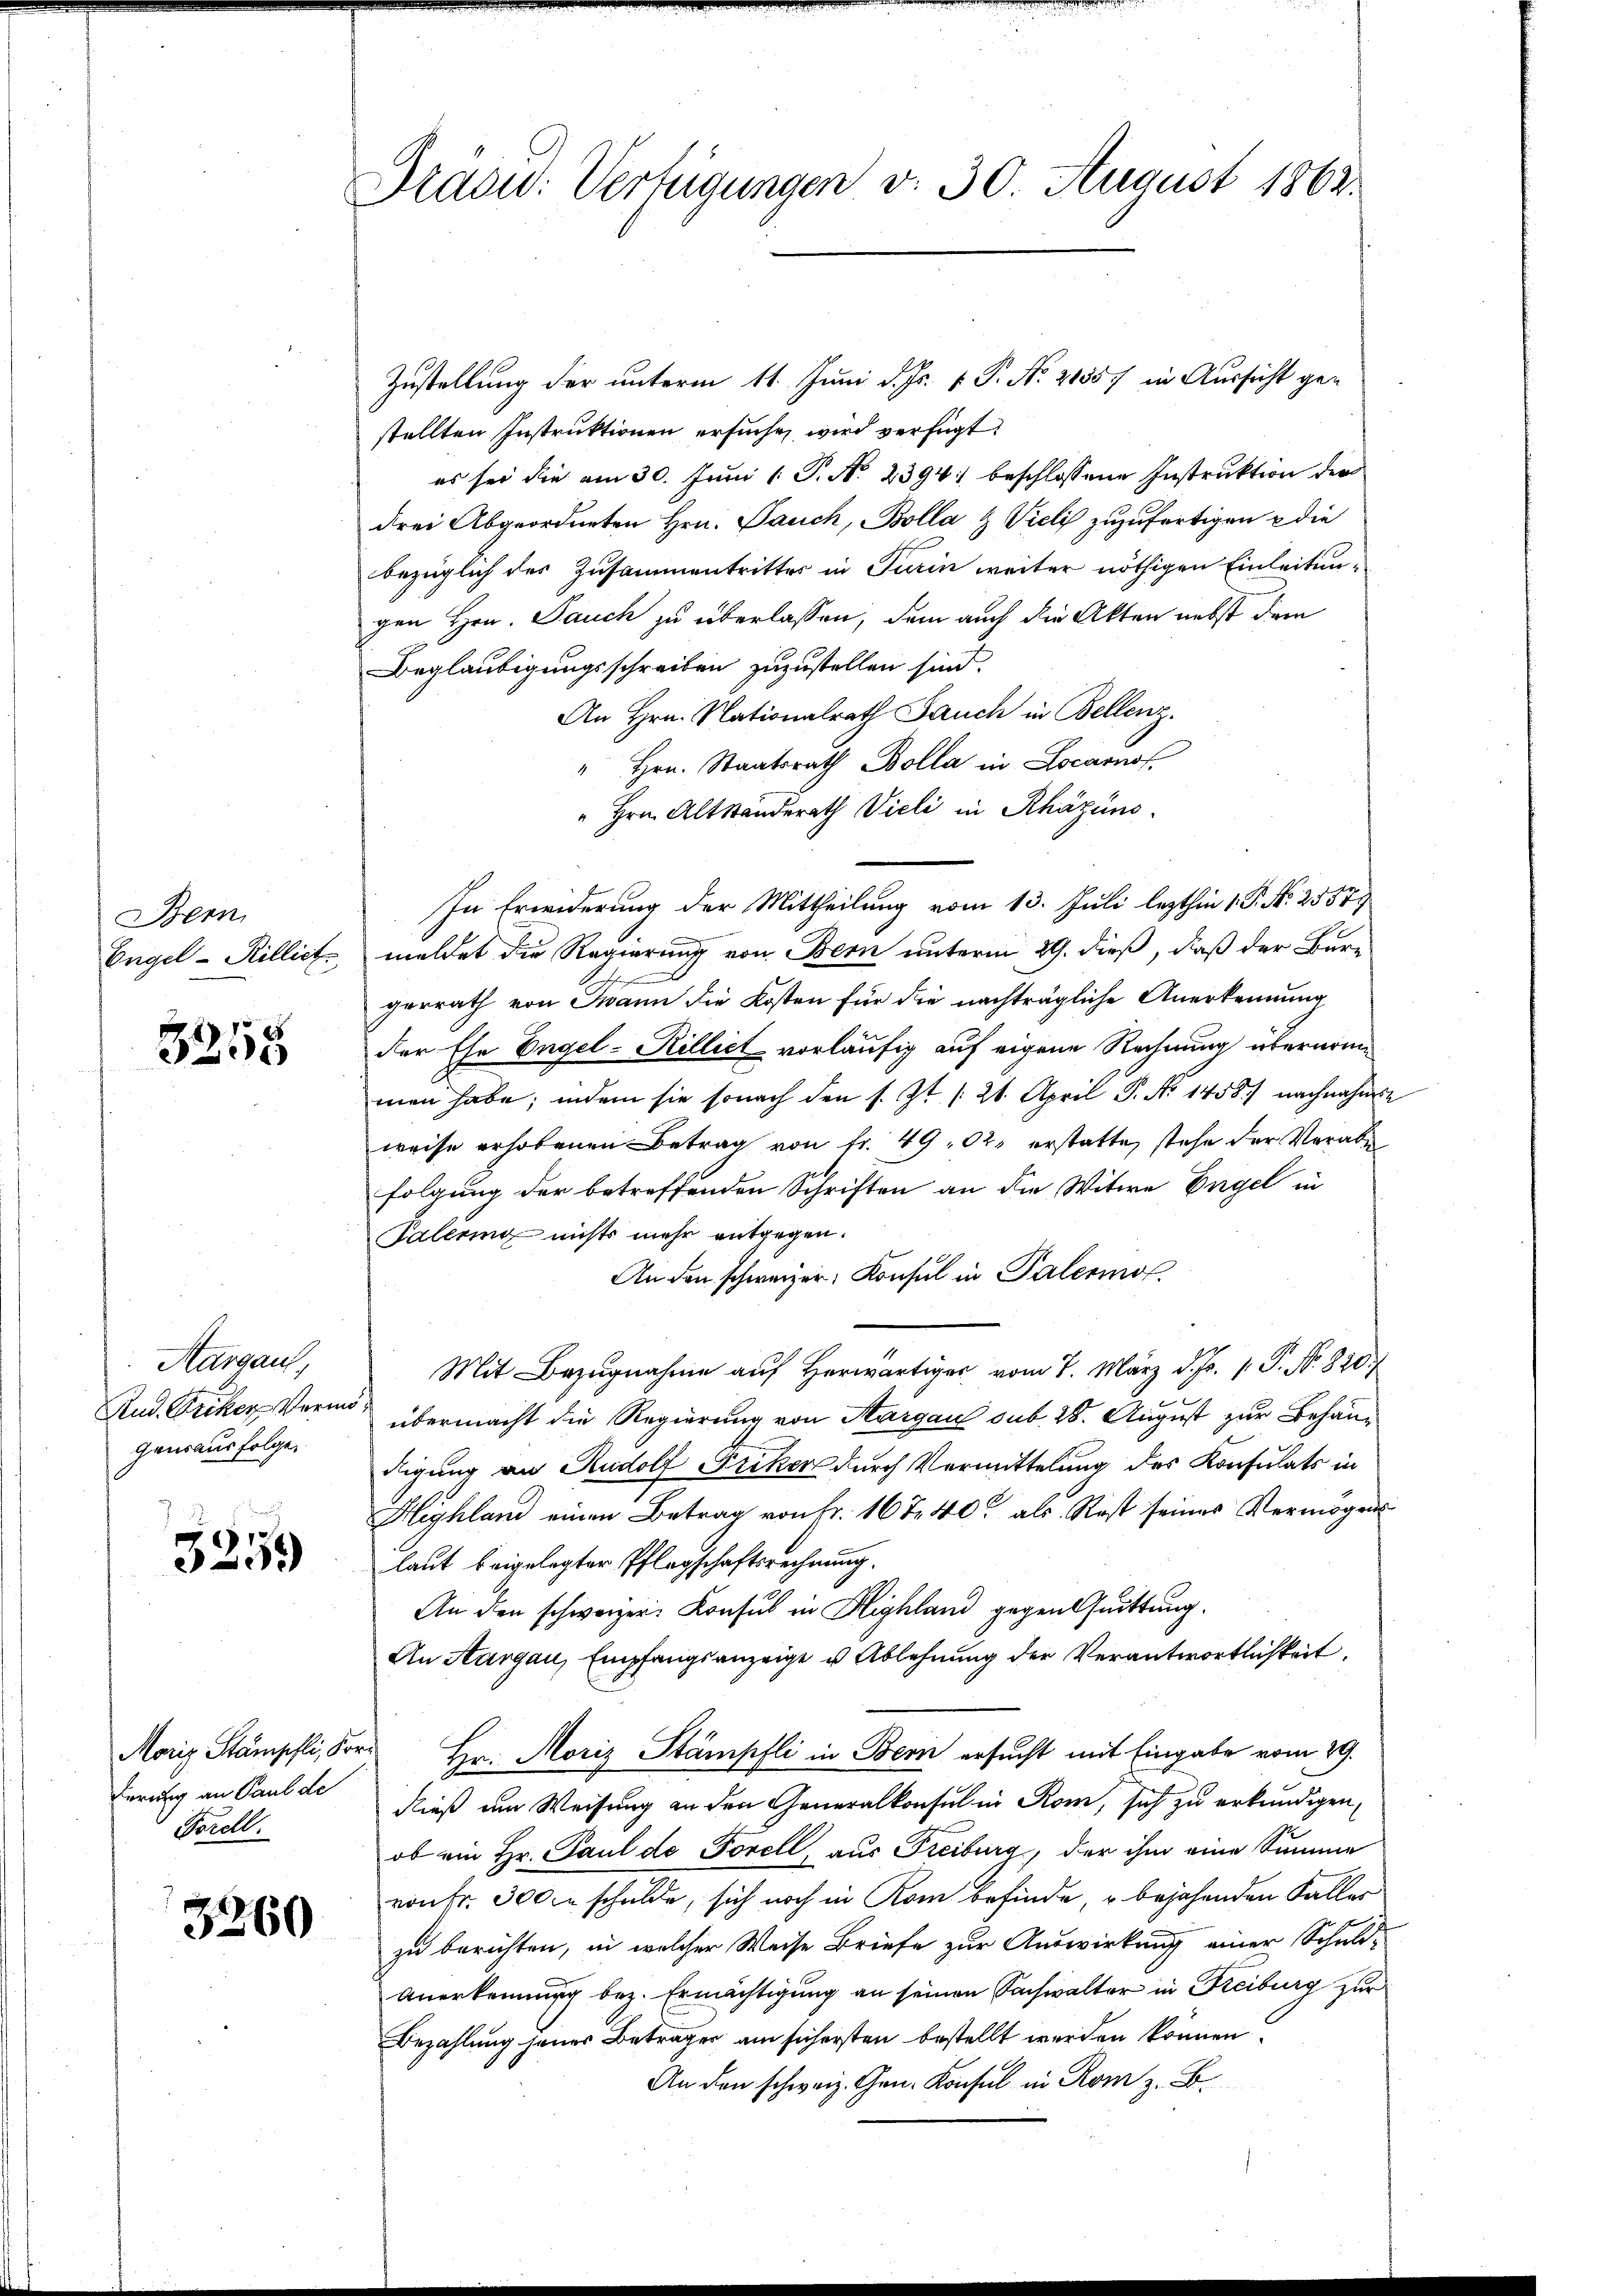
Bern

3255

Zustellung der unterm 11. Juni d. Js. v. P. Nr. 21857 in Aussicht gestellten Instruktionen ersuchen wird verfügt:
es sei die am 30. Juni 1 P. No 2394. beschlossene Instruktion der
drei Abgeordneten Hrn. Pauch, Bolla & Vieli zuzufertigen & die
bezüglich des Zusammentrittes in Turin weiter nöthigen Einleitungen Hrn. Jauch zu überlassen, dem auch die Akten nebst dem
Beglaubigungsschreiben zuzustellen sind.
An Hrn. Nationalrath Sauch in Bellenz,
" Hrn. Staatsrath Bolla in Locarnof
" Hrn. Altständerath Vieli in Rhäzins
In Erwiderung der Mittheilung vom 13. Juli lezthin 1. P. Nr. 2557
Engel-Rillict meldet die Regierung von Bern unterm 29. dieß, daß der Bure
gerrath von Twann die Kosten für die nachträgliche Anerkennung
der Ehe Engel-Rillict vorläufig auf eigene Rechnung übernommen habe; indem sie sonach den s. Zt. /:21. April P. No 1458) nachnahme
weise erhobenen Betrag von fr. 49, 12. erstatte, stehe der Verabe
folgung der betreffenden Schriften an die Witwe Engel in
Palering nichts mehr entgegen.
An den schweizer. Konsul in Palermor
Mit Bezugnahme auf Herwärtig vom 7. März d. Js. v. P. Nr. 820.
übermacht die Regierung von Aargau sub. 28. August zur Behandigung an Rudolf Friker durch Vermittelung des Konsulats in
Heyhland einen Betrag von Fr. 16 Fr. 40 als Rest seines Vermögens
laut beigelegter Pflegschaftsrechnung.
An den schweizer Konsul in Highland gegen Quittung.
An Aargau, Empfangsanzeige u Ablehnung der Verantwortlichkeit.
Morig Stämpfli, Fort Hr. Moriz Stämpfli in Bern ersucht mit Eingabe vom 29.
dieß im Weisung an den Generalkonsul in Rom, sich zu erkundigen,
ob ein Hr. Paul de Forell aus Freiburg, der ihm eine Summe
vonFr. 300 zu schulde, sich noch in Rom befinde, u bejahenden Falles
zu berichten, in welcher Weise Briefe zur Auswirkung einer Schuld-
Anerkennung bez. Ermächtigung an seinen Sachwalter in Freiburg zur
Bezahlung jener Betragen am sichersten bestellt werden können.
An den schweiz. Gen. Konsul in Rom z. B.

Aargau,
Rud. Briker Vermögensausfolge.

3259)

Ferung an Paul de
Forell.

3260

Präsid. Verfügungen v. 30. August 1862.